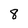
Character: 8